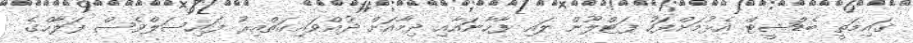
ގައިމަތީ ބެޑްޝީޓް އެޅުމަށްފަހު ފަޓްލޫން ލައި ފާހާނައާއި ދިމާއަށް ދުއްވައިގަތްއިރު ފައިސަލްވެސް ފަލާހްގެ